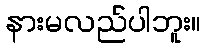
နားမလည်ပါဘူး။